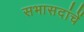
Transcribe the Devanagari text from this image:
सभासदांचें